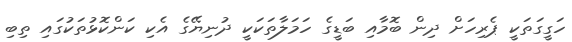
ހަގީގަތަކީ ޕެރިހަށް ދިން ބޮމާއި ބަޑީގެ ހަމަލާތަކަކީ ދުނިޔޭގެ އެކި ކަންކޮޅުތަކުގައި ތިބި